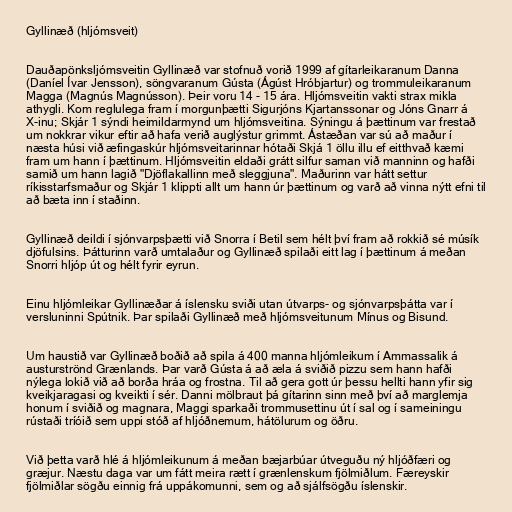
Gyllinæð (hljómsveit)

Dauðapönksljómsveitin Gyllinæð var stofnuð vorið 1999 af gítarleikaranum Danna
(Daníel Ívar Jensson), söngvaranum Gústa (Ágúst Hróbjartur) og trommuleikaranum
Magga (Magnús Magnússon). Þeir voru 14 - 15 ára. Hljómsveitin vakti strax mikla
athygli. Kom reglulega fram í morgunþætti Sigurjóns Kjartanssonar og Jóns Gnarr á
X-inu; Skjár 1 sýndi heimildarmynd um hljómsveitina. Sýningu á þættinum var frestað
um nokkrar vikur eftir að hafa verið auglýstur grimmt. Ástæðan var sú að maður í
næsta húsi við æfingaskúr hljómsveitarinnar hótaði Skjá 1 öllu illu ef eitthvað kæmi
fram um hann í þættinum. Hljómsveitin eldaði grátt silfur saman við manninn og hafði
samið um hann lagið "Djöflakallinn með sleggjuna". Maðurinn var hátt settur
ríkisstarfsmaður og Skjár 1 klippti allt um hann úr þættinum og varð að vinna nýtt efni til
að bæta inn í staðinn.

Gyllinæð deildi í sjónvarpsþætti við Snorra í Betil sem hélt því fram að rokkið sé músík
djöfulsins. Þátturinn varð umtalaður og Gyllinæð spilaði eitt lag í þættinum á meðan
Snorri hljóp út og hélt fyrir eyrun.

Einu hljómleikar Gyllinæðar á íslensku sviði utan útvarps- og sjónvarpsþátta var í
versluninni Spútnik. Þar spilaði Gyllinæð með hljómsveitunum Mínus og Bisund.

Um haustið var Gyllinæð boðið að spila á 400 manna hljómleikum í Ammassalik á
austurströnd Grænlands. Þar varð Gústa á að æla á sviðið pizzu sem hann hafði
nýlega lokið við að borða hráa og frostna. Til að gera gott úr þessu hellti hann yfir sig
kveikjaragasi og kveikti í sér. Danni mölbraut þá gítarinn sinn með því að marglemja
honum í sviðið og magnara, Maggi sparkaði trommusettinu út í sal og í sameiningu
rústaði tríóið sem uppi stóð af hljóðnemum, hátölurum og öðru.

Við þetta varð hlé á hljómleikunum á meðan bæjarbúar útveguðu ný hljóðfæri og
græjur. Næstu daga var um fátt meira rætt í grænlenskum fjölmiðlum. Færeyskir
fjölmiðlar sögðu einnig frá uppákomunni, sem og að sjálfsögðu íslenskir.